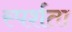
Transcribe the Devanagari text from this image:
स्पर्शता